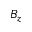
B _ { z }